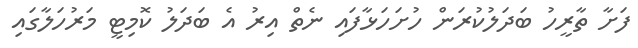
ފަށާ ތާރީހު ބަދަލުކުރަން ހުށަހަޅާފައި ނެތް އިރު އެ ބަދަލު ކޮމިޓީ މަރުހަލާގައި